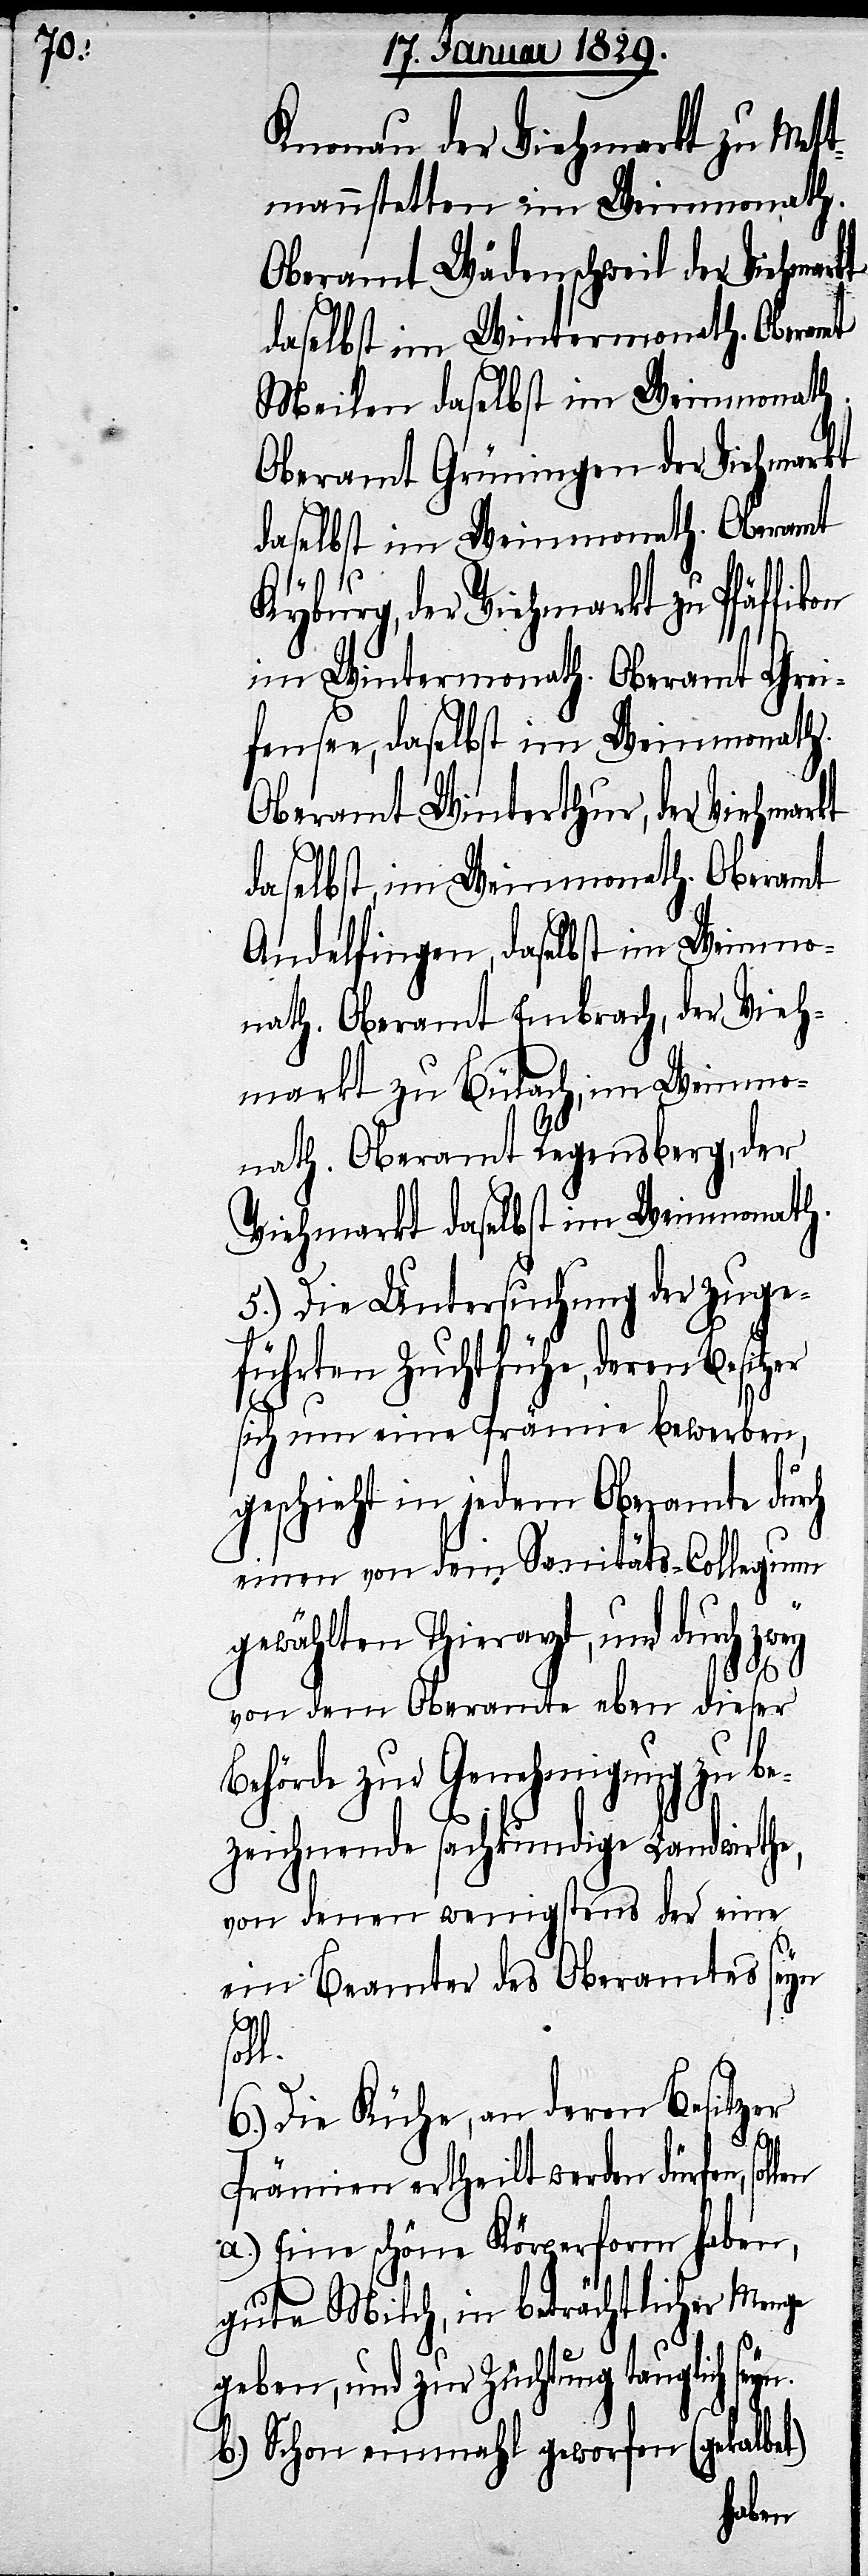
Knonau der Viehmarkt zu Mett¬
mannstetten im Weinmonath.
Oberamt Wädenschweil der Viehmar¬
daselbst im Wintermonath. Oberamt
Meilen daselbst im Weinmonat.
Oberamt Grüningen der Viehmarkt
daselbst im Weinmonath. Oberamt
Kyburg, der Viehmarkt zu Pfäffikon
im Wintermonath. Oberamt Grei¬
fensee, daselbst im Weinmonath.
Oberamt Winterthur, der Viehmarkt
daselbst, im Weinmonath. Oberamt
Andelfingen, daselbst im Weinmo¬
nath. Oberamt Embrach, der Vieh¬
markt zu Bülach, im Weinmo¬
nath. Oberamt Regensberg, der
Viehmarkt daselbst im Weinmonath.
5.) Die Untersuchung der zuge¬
führten Zuchtkühe, deren Besitzer
seyn.
sich um eine Prämie bewerben,
geschieht in jedem Oberamte durch
einen von dem Sanitäts-Collegium
gewählten Thierarzt, und durch zwey
von dem Oberamte eben dieser
Behörde zur Genehmigung zu be¬
zeichnende sachkundige Landwirthe,
von denen wenigstens der eine
ein Beamter des Oberamtes seyn
soll.
6.) Die Kühe, an deren Besitzer
kt
Prämien ertheilt werden dürfen, so¬
a.) eine schöne Körperform haben,
gute Milch, in beträchtlicher Menge
geben, und zur Züchtung tauglich
b.) Schon einmahl geworfen (gekalbet)
llen